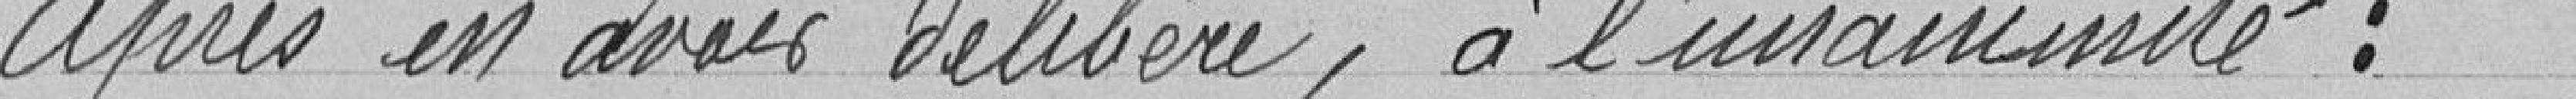
après en avoir délibéré, à l’unanimité :